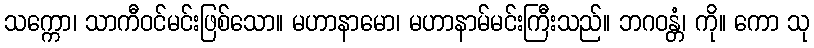
သက္ကော၊ သာကီဝင်မင်းဖြစ်သော။ မဟာနာမော၊ မဟာနာမ်မင်းကြီးသည်။ ဘဂဝန္တံ၊ ကို။ ကော သု